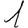
Digit: 1